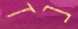
נז